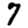
Digit: 7